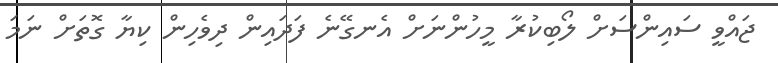
ޖައްވީ ސައިންސަށް ލޯބިކުރާ މީހުންނަށް އެނގޭނެ ފަދައިން ދިވެހިން ކިޔާ ގޮތަށް ނަމަ